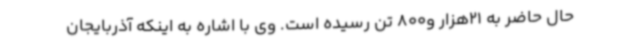
حال حاضر به 21هزار و800 تن رسیده است. وی با اشاره به اینکه آذربایجان